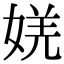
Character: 㛨